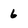
Character: 6